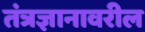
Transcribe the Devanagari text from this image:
तंत्रज्ञानावरील